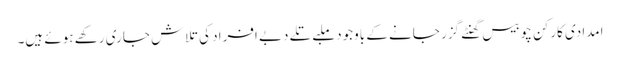
امدادی کارکن چوبیس گھنٹے گزر جانے کے باوجود ملبے تلے دبے افراد کی تلاش جاری رکھے ہوئے ہیں۔